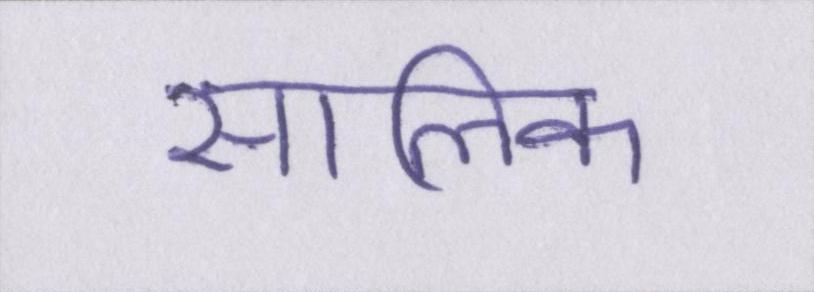
सालिक